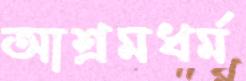
আশ্রমধর্ম